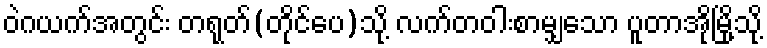
ဝဲဂယက်အတွင်း တရုတ်(တိုင်ပေ)သို့ လက်တဝါးစာမျှသော ပူတာအိုမြို့သို့